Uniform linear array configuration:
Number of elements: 4
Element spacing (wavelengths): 0.75
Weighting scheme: hann
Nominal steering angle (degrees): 45
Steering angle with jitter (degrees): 45.256
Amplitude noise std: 0.05
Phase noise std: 0.05

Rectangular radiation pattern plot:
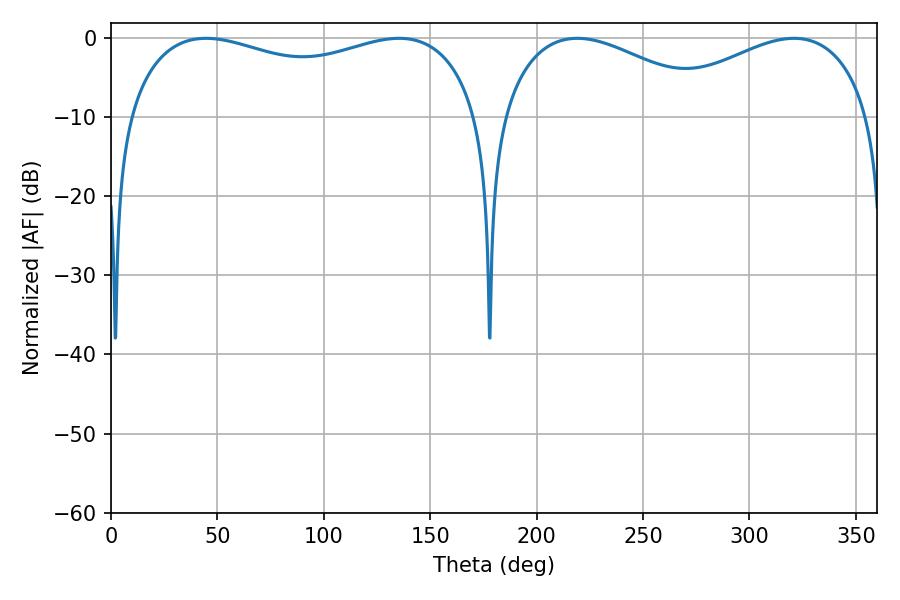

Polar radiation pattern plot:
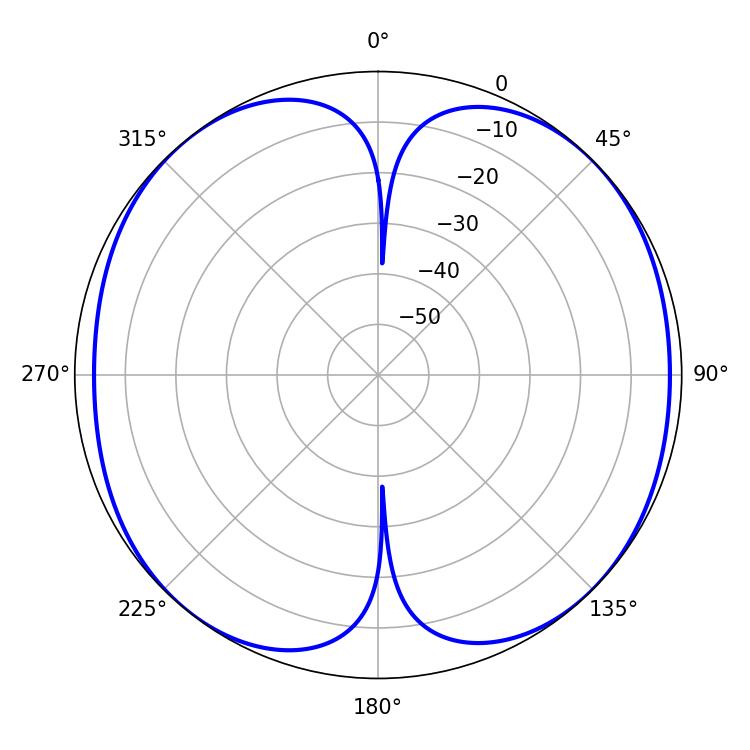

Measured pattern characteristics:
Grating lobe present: TRUE
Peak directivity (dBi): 11.263
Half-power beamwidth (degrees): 136.44
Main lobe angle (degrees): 44.64